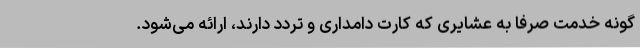
گونه خدمت صرفا به عشایری که کارت دامداری و تردد دارند، ارائه می‌شود.